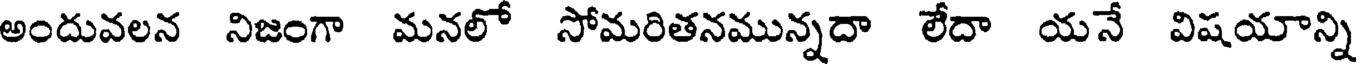
అందువలన నిజంగా మనలో సోమరితనమున్నదా లేదా యనే విషయాన్ని